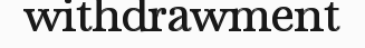
withdrawment